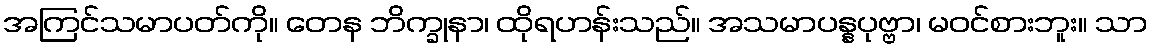
အကြင်သမာပတ်ကို။ တေန ဘိက္ခုနာ၊ ထိုရဟန်းသည်။ အသမာပန္နပုဗ္ဗာ၊ မဝင်စားဘူး။ သာ